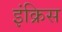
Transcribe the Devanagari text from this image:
इंक्रिस